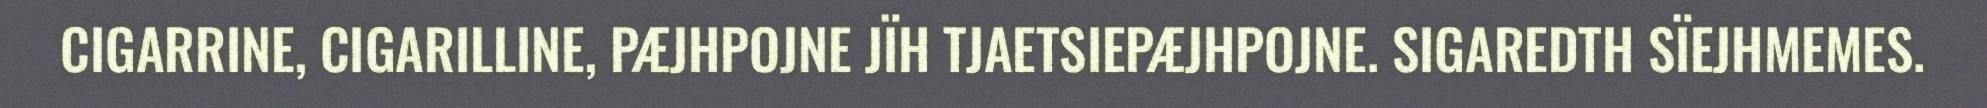
CIGARRINE, CIGARILLINE, PÆJHPOJNE JÏH TJAETSIEPÆJHPOJNE. SIGAREDTH SÏEJHMEMES.